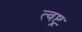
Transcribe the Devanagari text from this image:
त्वष्ट्रः